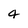
Character: 4